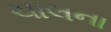
ચાલના